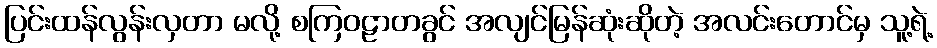
ပြင်းထန်လွန်းလှတာ မလို့ စကြဝဠာတခွင် အလျင်မြန်ဆုံးဆိုတဲ့ အလင်းတောင်မှ သူ့ရဲ့